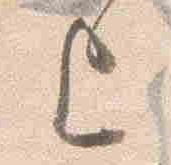
上